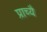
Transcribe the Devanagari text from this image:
प्राच्यै